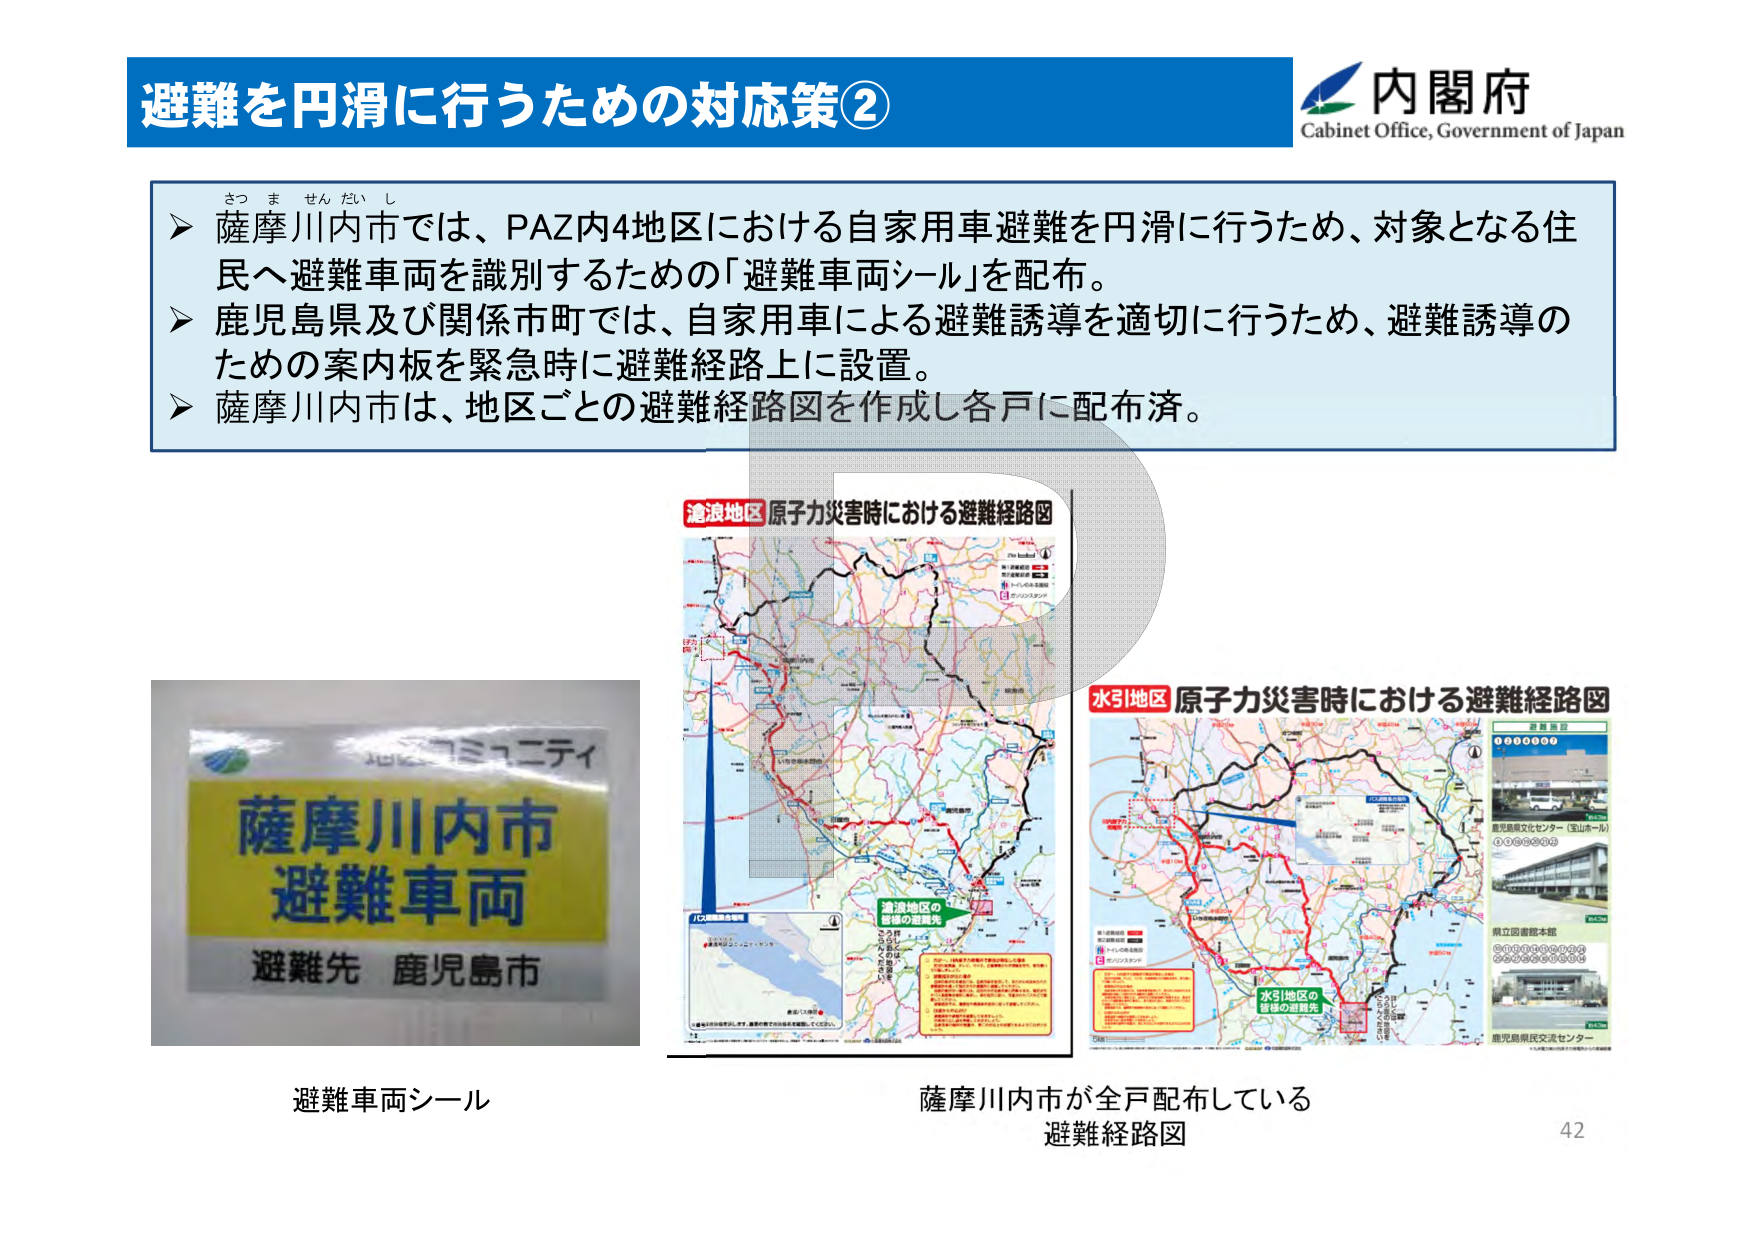
避難を円滑に行うための対応策②
内閣府
Cabinet Office, Government of Japan

さつ ま せん だい し
➤ 薩摩川内市では、PAZ内4地区における自家用車避難を円滑に行うため、対象となる住民へ避難車両を識別するための「避難車両シール」を配布。
➤ 鹿児島県及び関係市町では、自家用車による避難誘導を適切に行うため、避難誘導のための案内板を緊急時に避難経路上に設置。
➤ 薩摩川内市は、地区ごとの避難経路図を作成し各戸に配布済。

地元コミュニティ
薩摩川内市
避難車両
避難先 鹿児島市

避難車両シール

滄浪地区 原子力災害時における避難経路図
水引地区 原子力災害時における避難経路図

滄浪地区の
皆様の避難先
水引地区の
皆様の避難先

薩摩川内市が全戸配布している
避難経路図

鹿児島県民交流センター
県立図書館本館
鹿児島県民文化センター（宝山ホール）

42